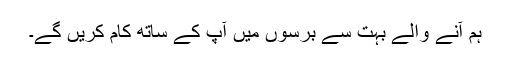
ہم آنے والے بہت سے برسوں میں آپ کے ساتھ کام کریں گے۔